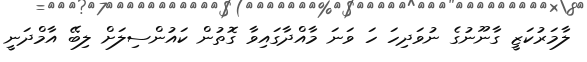
ލާމަރުކަޒީ ގާނޫނުގެ ނުވަދިހަ ހަ ވަނަ މާއްދާގައިވާ ގޮތުން ކައުންސިލަށް ލިބޭ އާމްދަނީ